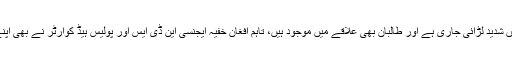
انہوں نے بتایا کہ شہر میں شدید لڑائی جاری ہے اور طالبان بھی علاقے میں موجود ہیں، تاہم افغان خفیہ ایجنسی این ڈی ایس اور پولیس ہیڈ کوارٹر نے بھی اپنے گھٹنے نہیں ٹیکے ہیں۔